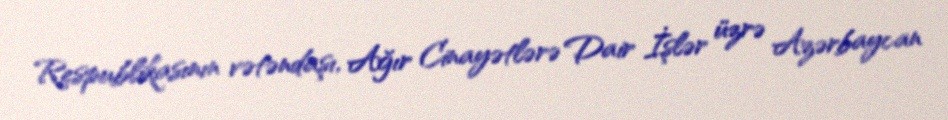
Respublikasının vətəndaşı, Ağır Cinayətlərə Dair İşlər üzrə Azərbaycan